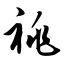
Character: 祧